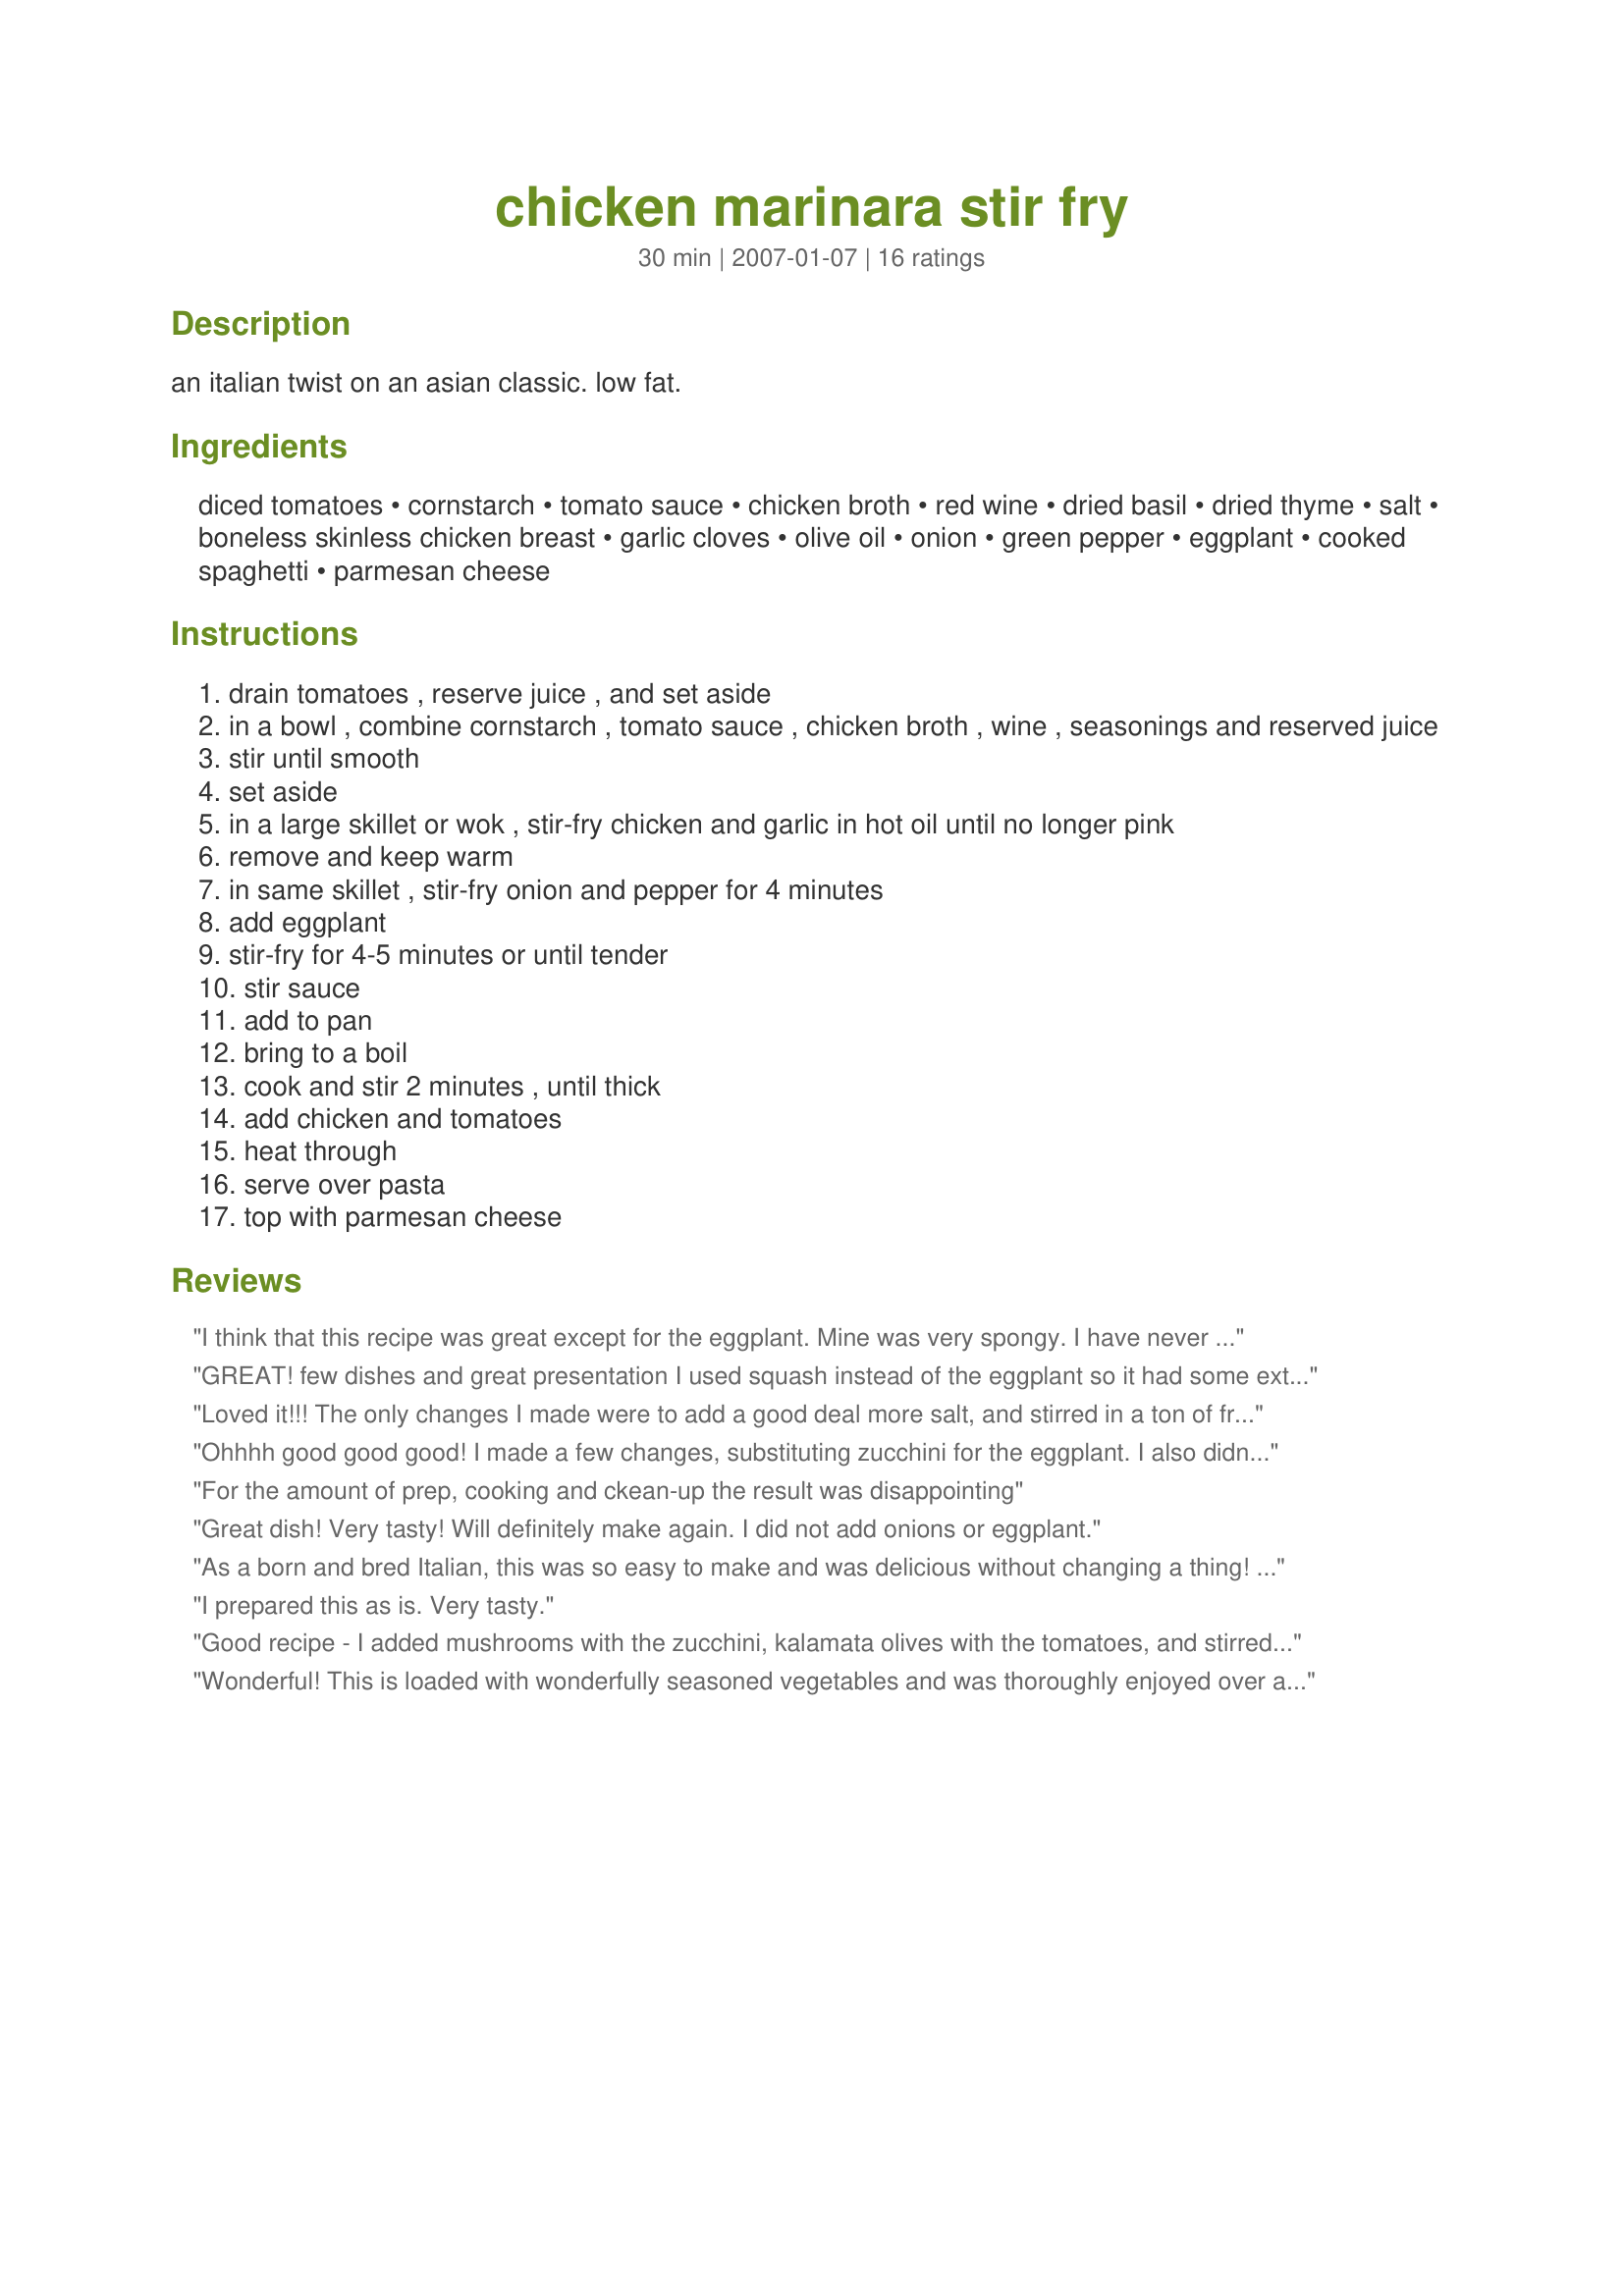
chicken marinara stir fry
Preparation time: 30 minutes

an italian twist on an asian classic. low fat.

Ingredients:
diced tomatoes, cornstarch, tomato sauce, chicken broth, red wine, dried basil, dried thyme, salt, boneless skinless chicken breast, garlic cloves, olive oil, onion, green pepper, eggplant, cooked spaghetti, parmesan cheese

Steps:
drain tomatoes , reserve juice , and set aside
in a bowl , combine cornstarch , tomato sauce , chicken broth , wine , seasonings and reserved juice
stir until smooth
set aside
in a large skillet or wok , stir-fry chicken and garlic in hot oil until no longer pink
remove and keep warm
in same skillet , stir-fry onion and pepper for 4 minutes
add eggplant
stir-fry for 4-5 minutes or until tender
stir sauce
add to pan
bring to a boil
cook and stir 2 minutes , until thick
add chicken and tomatoes
heat through
serve over pasta
top with parmesan cheese

Reviews:
I think that this recipe was great except for the eggplant. Mine was very spongy. I have never cooked eggplant, but I believe it needed to cook longer. Next time I will substitute with zucchini. Thanks for the recipe which is a great starting point for me.
GREAT! few dishes and great presentation I used squash instead of the eggplant so it had some extra color and put it on whole wheat nodles thank you for shareing!
Loved it!!! The only changes I made were to add a good deal more salt, and stirred in a ton of fresh basil just before serving. This is going in my tried and true file.
Ohhhh good good good! I made a few changes, substituting zucchini for the eggplant. I also didn't use any oil, and I upped most of the spices for our own tastes. I used fresh basil as well. This has a wonderful flavor and is very filling. I served this over tofu noodles, alongside Recipe #174755, and garlic toast. Thank you Sweety!
For the amount of prep, cooking and ckean-up the result was disappointing
Great dish! Very tasty! Will definitely make again. I did not add onions or eggplant.
As a born and bred Italian, this was so easy to make and was delicious without changing a thing! It was a very robust tasting meal. My 10 year old didn't care for it as much as the husband did but I will definitely add this to this list of things to make again!! Thank you for the wonderful dinner recipe!!
I prepared this as is. Very tasty.
Good recipe - I added mushrooms with the zucchini, kalamata olives with the tomatoes, and stirred in fresh basil right before serving.
Wonderful! This is loaded with wonderfully seasoned vegetables and was thoroughly enjoyed over angel hair pasta. I left off the red wine and used double chicken broth.
I didn't care for this recipe. I found the amount of seasonings made the taste overwhelming. I won't make it again.
I used extra garlic-2 1/2 cloves, and it could have used more. But, nothing can have to much garlic in my house. It was Still Really Good Though
We loved the flavors! We used campanelle pasta. I have made it several times and each time add something different. We have tried it with mushrooms, capers and even sliced kalamata olives. Just terrific!

Oops - thanks SweetySJD
I've just started "learning" to cook (I'm about to get married and feel a little pressure to branch out from my lone grilled chicken and veggie staple), and this recipe was easy and delicious! I'm American, but living in Belgium and I probably got my conversions wrong, but it came out a lot more sauce-y than what I think a stir-fry should be. Next time I will reduce the liquid measurements, but even so, it was YUM! And something I would definitely make again. Thank you!
This was fantastic!!! I added hot pepper to spice it up... superb!
Great recipe! I can hardly ever get my fianc&eacute; to eat veggies, but he loved this dish. It was his first time eating eggplant EVER!!! I did &quot;stir-fry&quot; the vegetables quite a bit longer than the recipe called for. Also, I found that I actually wanted the sauce a bit thicker. A cornstarch slurry easily remedied this. Thanks for a great dinner!
